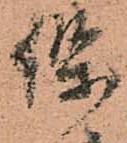
保